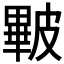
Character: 𥀕